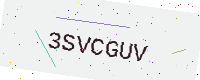
Text: 3SVCGUV